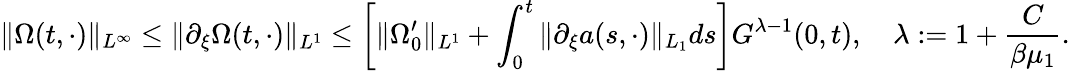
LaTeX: \| \Omega(t,\cdot)\| _{L^{\infty}}\leq\| \partial_{\xi}\Omega(t,\cdot)\| _{L^{1}}\leq\left[\| \Omega_{0}^{\prime}\| _{L^{1}}+\int_{0}^{t}\| \partial_{\xi}a(s,\cdot)\| _{L_{1}}ds\right]G^{\lambda-1}(0,t),\quad\lambda:=1+\frac{C}{\beta\mu_{1}}.